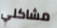
مشاكلي